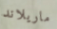
ماريلاند